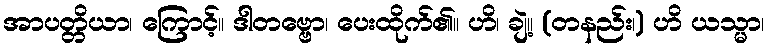
အာပတ္တိယာ၊ ကြောင့်။ ဒါတဗ္ဗော၊ ပေးထိုက်၏။ ဟိ၊ ချဲ့။ (တနည်း၊) ဟိ ယသ္မာ၊